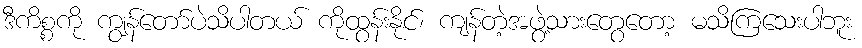
ဒီကိစ္စကို ကျွန်တော်ပဲသိပါတယ် ကိုထွန်းနိုင်၊ ကျန်တဲ့အဖွဲ့သားတွေတော့ မသိကြသေးပါဘူး